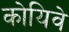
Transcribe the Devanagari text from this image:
कोयिवे